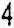
4